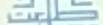
طلعت